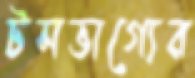
টসভাগ্যের